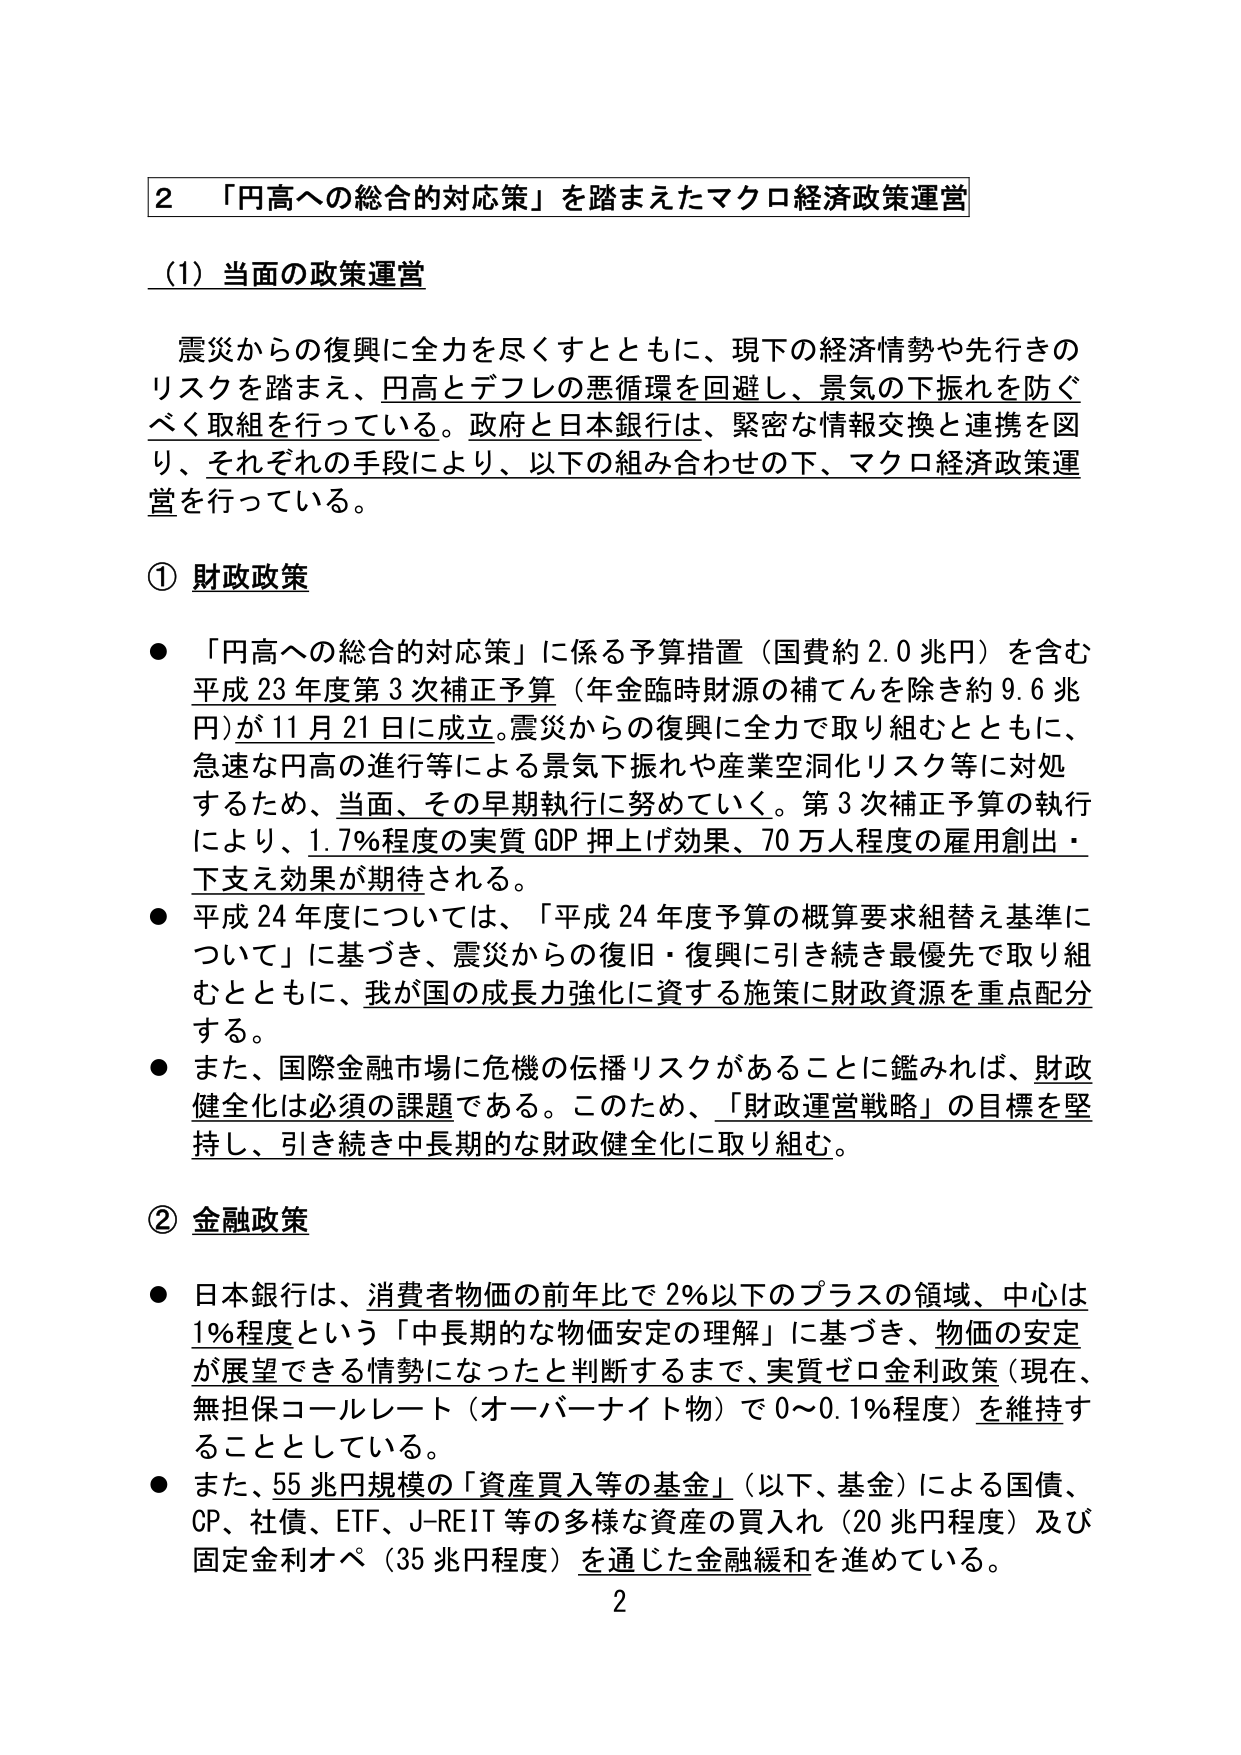
2 「円高への総合的対応策」を踏まえたマクロ経済政策運営

(1) 当面の政策運営

震災からの復興に全力を尽くすとともに、現下の経済情勢や先行きのリスクを踏まえ、円高とデフレの悪循環を回避し、景気の下振れを防ぐべく取組を行っている。政府と日本銀行は、緊密な情報交換と連携を図り、それぞれの手段により、以下の組み合わせの下、マクロ経済政策運営を行っている。

① 財政政策

● 「円高への総合的対応策」に係る予算措置（国費約2.0兆円）を含む平成23年度第3次補正予算（年金臨時財源の補てんを除き約9.6兆円）が11月21日に成立。震災からの復興に全力で取り組むとともに、急速な円高の進行等による景気下振れや産業空洞化リスク等に対処するため、当面、その早期執行に努めていく。第3次補正予算の執行により、1.7％程度の実質GDP押上げ効果、70万人程度の雇用創出・下支え効果が期待される。

● 平成24年度については、「平成24年度予算の概算要求組替え基準について」に基づき、震災からの復旧・復興に引き続き最優先で取り組むとともに、我が国の成長力強化に資する施策に財政資源を重点配分する。

● また、国際金融市場に危機の伝播リスクがあることに鑑みれば、財政健全化は必須の課題である。このため、「財政運営戦略」の目標を堅持し、引き続き中長期的な財政健全化に取り組む。

② 金融政策

● 日本銀行は、消費者物価の前年比で2％以下のプラスの領域、中心は1％程度という「中長期的な物価安定の理解」に基づき、物価の安定が展望できる情勢になったと判断するまで、実質ゼロ金利政策（現在、無担保コールレート（オーバーナイト物）で0～0.1％程度）を維持することとしている。

● また、55兆円規模の「資産買入等の基金」（以下、基金）による国債、CP、社債、ETF、J-REIT等の多様な資産の買入れ（20兆円程度）及び固定金利オペ（35兆円程度）を通じた金融緩和を進めている。

2